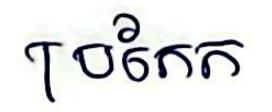
ប្រកែក